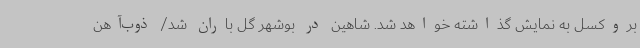
بروکسل به نمایش گذاشته خواهد شد. شاهین در بوشهر گل باران شد/ ذوب‌آهن